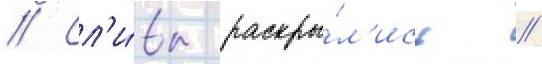
// Сл'и́вы раскры́л'ись /